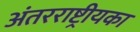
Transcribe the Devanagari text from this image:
अंतरराष्ट्रीयका